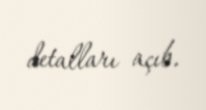
detalları açıb.